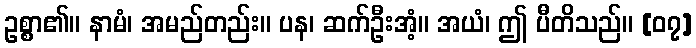
ဥစ္စာ၏။ နာမံ၊ အမည်တည်း။ ပန၊ ဆက်ဦးအံ့။ အယံ၊ ဤ ပီတိသည်။ [၀၇]